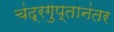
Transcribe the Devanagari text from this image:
चंद्रगुप्तानंतर